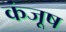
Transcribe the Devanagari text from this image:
कंजूष